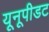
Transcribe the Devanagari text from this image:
यूनूपीडट